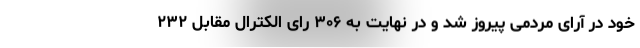
خود در آرای مردمی پیروز شد و در نهایت به ۳۰۶ رای الکترال مقابل ۲۳۲